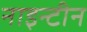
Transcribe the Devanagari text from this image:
नाइन्टीन